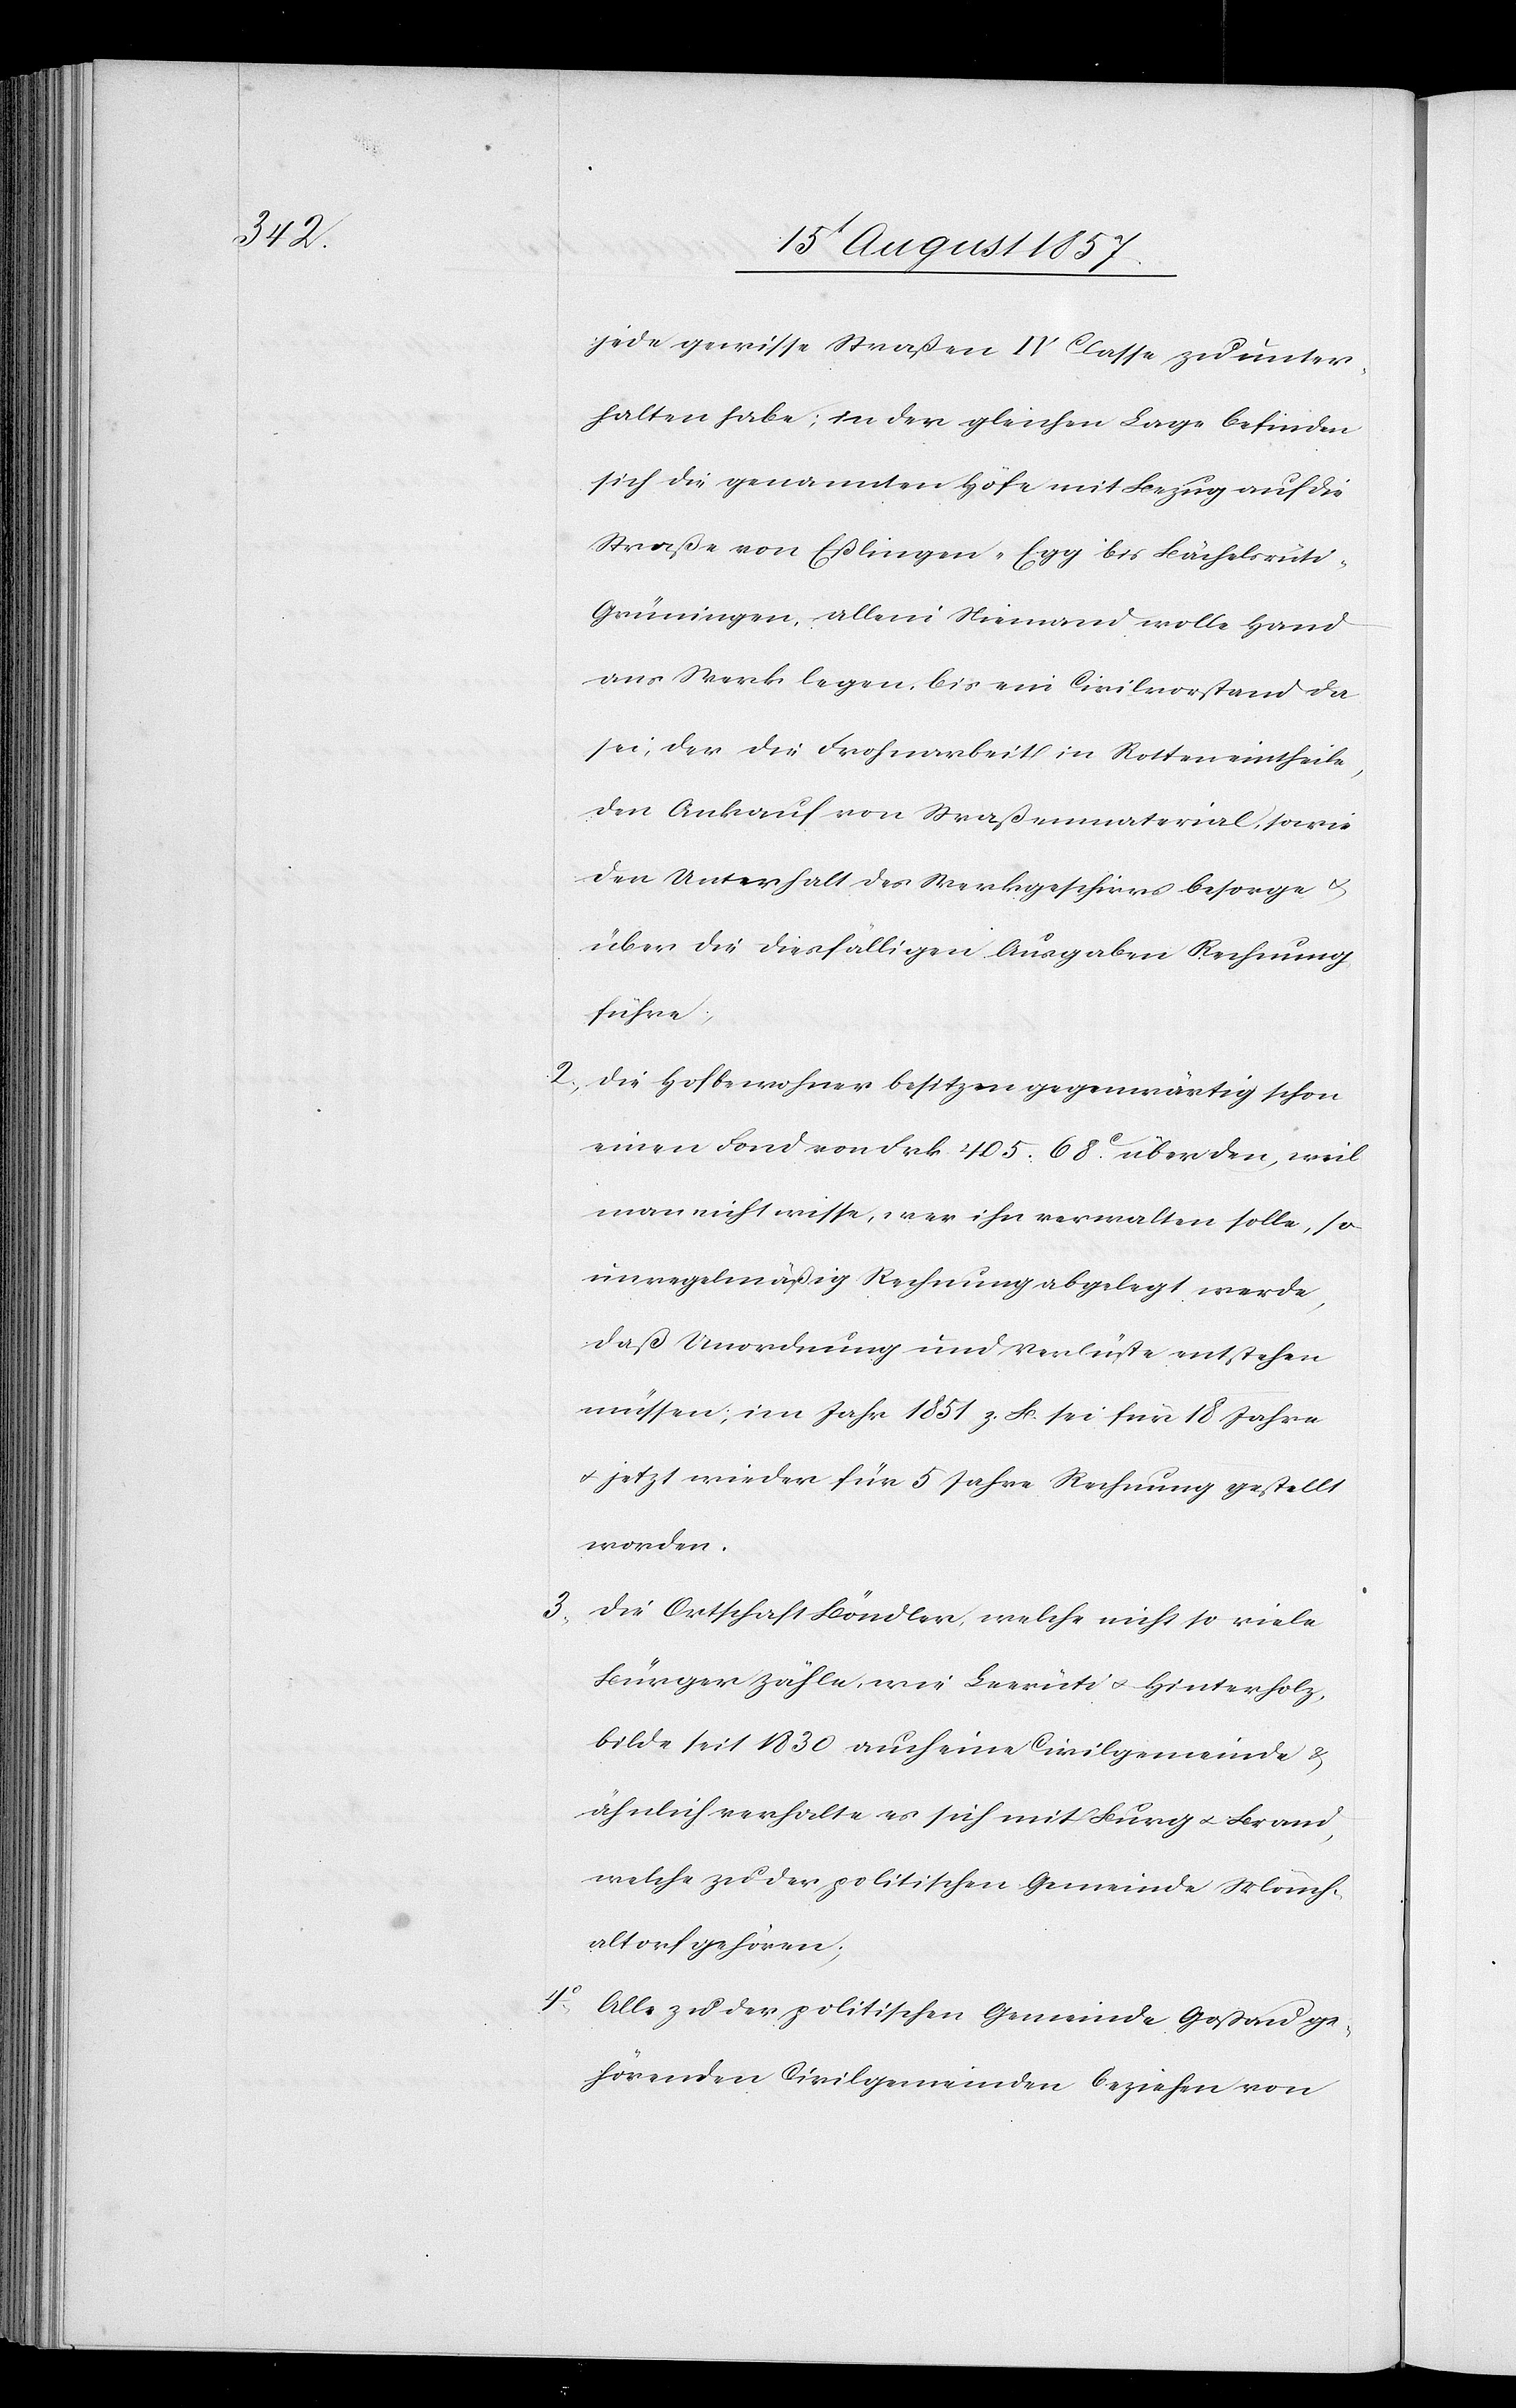
jede gewisse Straßen IV. Classe zu unter¬
halten habe, in der gleichen Lage befinden
sich die genannten Höfe mit Bezug auf die
Straße von Eßlingen-Egg bis Bächelsrüt¬
i-Grüningen, allein Niemand wolle Hand
ans Werk legen, bis ein Civilvorstand da
sei, der die Frohndienstarbeit in Raten eintheile,
den Ankauf von Straßenmaterial, sowie
den Unterhalt des Werkgeschirrs besorge
über die diesfälligen Ausgaben Rechnung
führe,
2, Die Hofbewohner besitzen gegenwärtig schon
einen Fond von Frk. 405. 68c über den [sic!], weil
man nicht wisse, wer ihn verwalten solle, so
unregelmäßig Rechnung abgelegt werde,
daß Unordnung und Verluste entstehen
müssen, im Jahr 1851 z. B. sei für 18 Jahre
& jetzt wieder für 5 Jahre Rechnung gestellt
worden.
3, Die Ortschaft Bändler, welche nicht so viele
Bürger zähle, wie Leerüti & Hinterholz,
bilde seit 1830 auch eine Civilgemeinde &
ähnlich verhalte es sich mit Burg & Brand,
welche zu der politischen Gemeinde Mönch¬
altorf gehören;
Alle zu der politischen Gemeinde Goßau ge¬
hörenden Civilgemeinden beziehen von